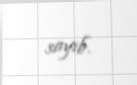
sayıb.